Madras plague regulations in force outside the Presidency town - Volume 6
Disease focus: Plague
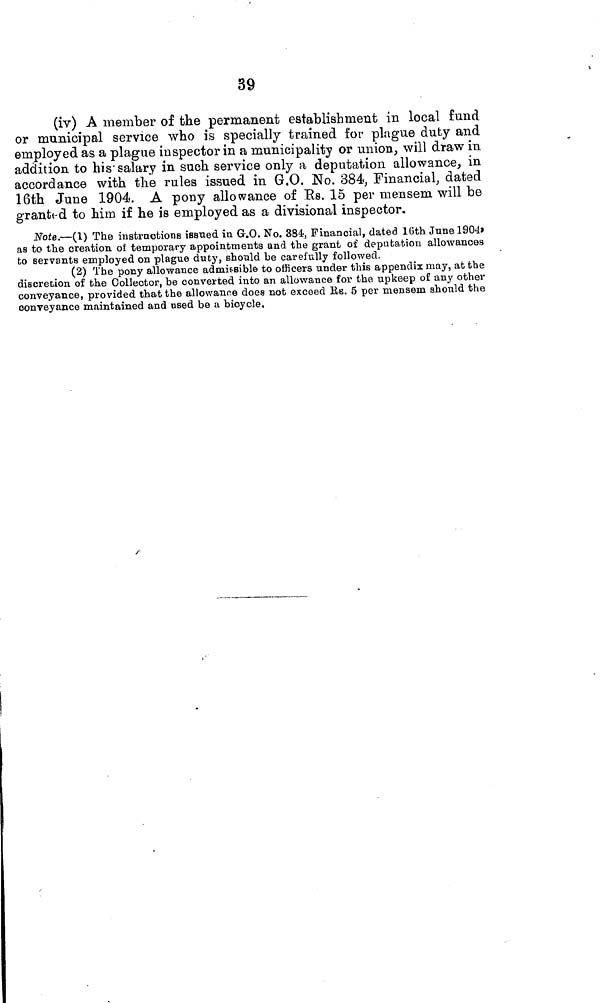
39
(iv) A member of the permanent establishment in local fund
or municipal service who is specially trained for plague duty and
employed as a plague inspector in a municipality or union, will draw in
addition to his'salary in such service only a deputation allowance, in
accordance with the rules issued in G.O. No. 384, Financial, dated
16th June 1904. A pony allowance of Es. 15 per mensem will be
grantted to him if he is employed as a divisional inspector.
Note.—(1) The instructions issued in G.O. No. 384, Financial, dated 16th June 1904,
as to the creation, ot temporary appointments and the grant of deputation allowances
to servants employed on plague duty, should be carefully followed.
(2) The pony allowance admissible to officers under this appendix may, at the
discretion of the Collector, be converted into an allowance for the upkeep of any other
conveyance, provided that the allowance does not exceed Rs, 5 per mensem should the
conveyance maintained and used be a bicycle.